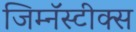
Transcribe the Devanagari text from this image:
जिम्नॅस्टीक्स